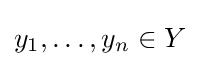
y_{1},\ldots ,y_{n}\in Y